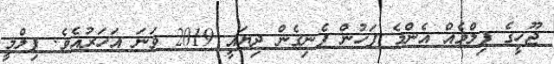
ޖޫހީގެ ފިލްމެއް އެންމެ ފަހުން ފެނިގެން ދިޔައީ 2019 ވަނަ އަހަރުއެވެ. ފިލްމީ